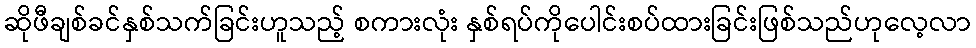
ဆိုဖီချစ်ခင်နှစ်သက်ခြင်းဟူသည့် စကားလုံး နှစ်ရပ်ကိုပေါင်းစပ်ထားခြင်းဖြစ်သည်ဟုလေ့လာ